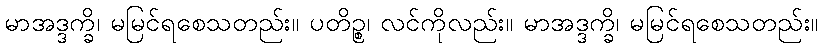
မာအဒ္ဒက္ခိ၊ မမြင်ရစေသတည်း။ ပတိဉ္စ၊ လင်ကိုလည်း။ မာအဒ္ဒက္ခိ၊ မမြင်ရစေသတည်း။